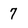
Character: 7